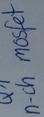
Text: n-chmosfet